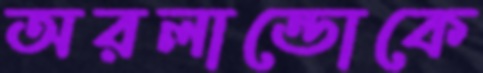
অরলান্ডোকে